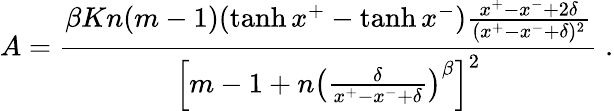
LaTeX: A=\frac{\beta Kn(m-1)(\operatorname{tanh}{x^{+}}-\operatorname{tanh}{x^{-}})\frac{x^{+}-x^{-}+2\delta}{(x^{+}-x^{-}+\delta)^{2}}}{\left[m-1+n\left(\frac{\delta}{x^{+}-x^{-}+\delta}\right)^{\beta}\right]^{2}}\; .